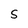
Character: S